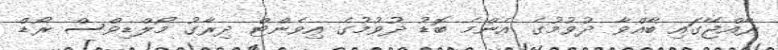
ރާއްޖޭގައި ބާއްވާ ދުވުމުގެ އެންމެ ބޮޑު ދުވުމުގެ އިވެންޓް ދިރާގު މޯލްޑިވްސް ރޯޑް